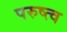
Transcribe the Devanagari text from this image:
परुष्त्व